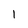
Character: I